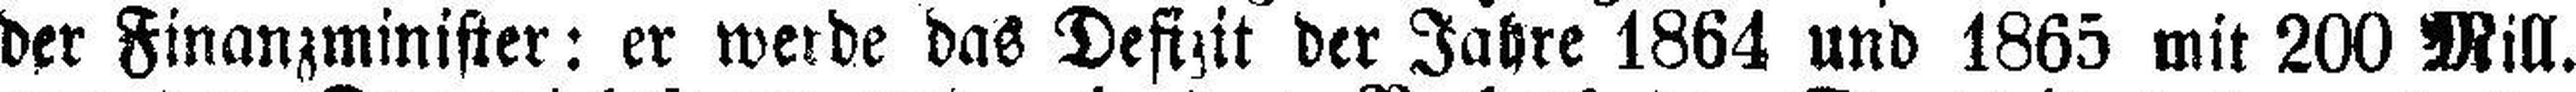
der Finanzminister: er werde das Defizit der Jahre 1864 und 1865 mit 200 Mill.